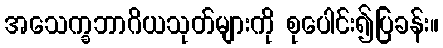
အသေက္ခဘာဂိယသုတ်များကို စုပေါင်း၍ပြခန်း။